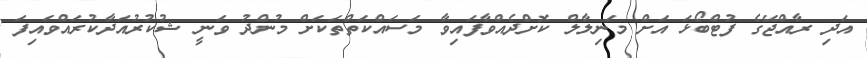
އަދި ރާއްޖޭގެ ފުޓްބޯޅަ އަށް މަނިލާލް ކޮށްދެއްވާފައިވާ މަސައްކަތްތަކަށް މުންދު ވަނީ ޝުކުރުއަދާކުރައްވައިފަ